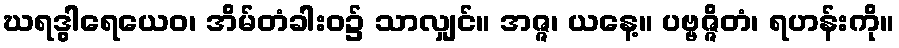
ဃရဒွါရေယေဝ၊ အိမ်တံခါးဝ၌ သာလျှင်။ အဇ္ဇ၊ ယနေ့။ ပဗ္ဗဇ္ဇိတံ၊ ရဟန်းကို။